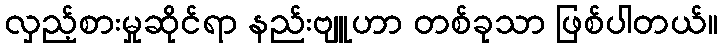
လှည့်စားမှုဆိုင်ရာ နည်းဗျူဟာ တစ်ခုသာ ဖြစ်ပါတယ်။